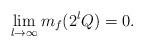
LaTeX: \begin{align*}\lim_{l\to\infty}m_f(2^lQ)=0.\end{align*}